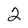
Character: 2